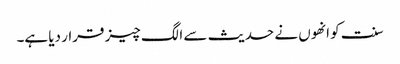
سنت کو انھوں نے حدیث سے الگ چیز قرار دیا ہے۔